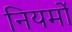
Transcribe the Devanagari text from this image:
नियमों